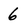
Character: 6